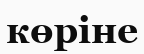
көріне